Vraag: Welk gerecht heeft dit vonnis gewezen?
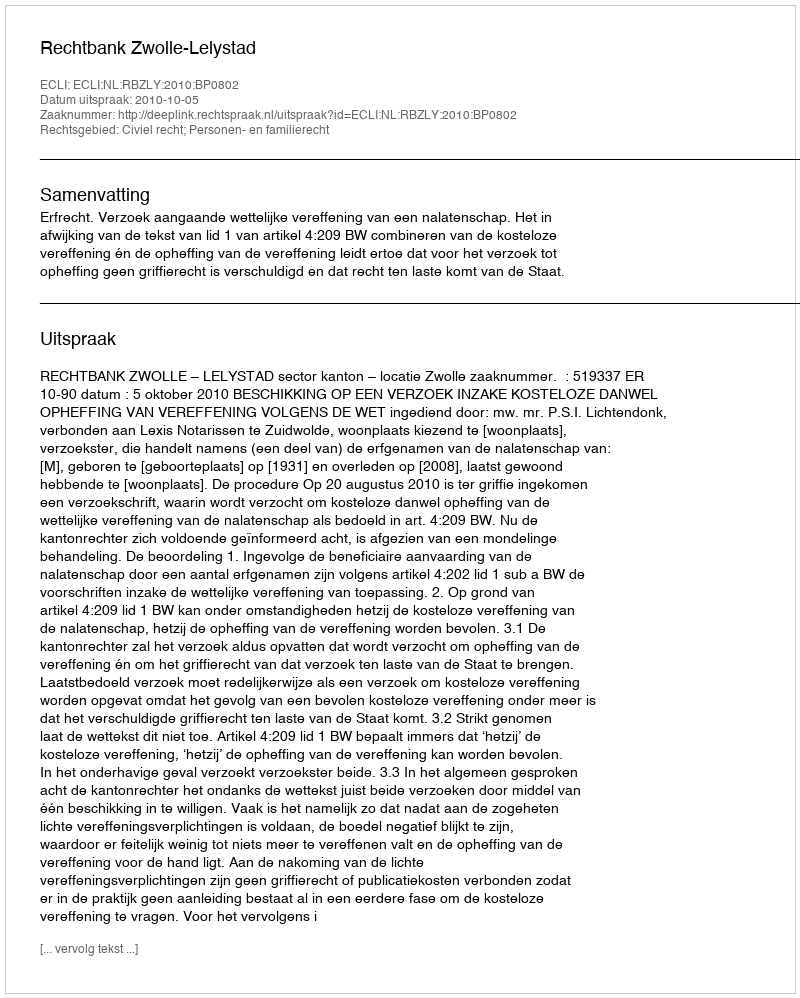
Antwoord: Rechtbank Zwolle-Lelystad